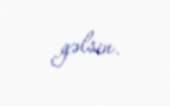
gəlsin.